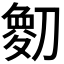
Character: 𫦘